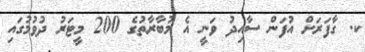
ކ. ގާފަރަށް އުފަން ސާއިދު ވަނީ އެ މުބާރާތުގެ 200 މީޓަރު ދުވުމުގައި